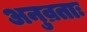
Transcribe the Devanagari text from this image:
अनुव्रताः